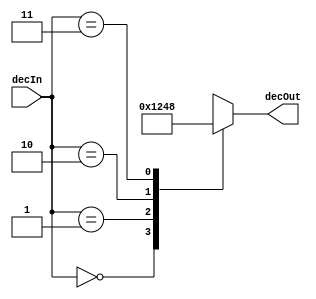
module decoder2to4(input [1:0] decIn, output reg [3:0] decOut);
	always @ (decIn)
	begin
		case(decIn)
			2'b00:	decOut=4'b0001;
			2'b01:	decOut=4'b0010;
			2'b10:	decOut=4'b0100;
			2'b11:	decOut=4'b1000;
		endcase
	end
endmodule